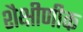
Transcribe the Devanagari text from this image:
शैक्षीणीक